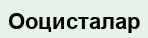
Ооцисталар